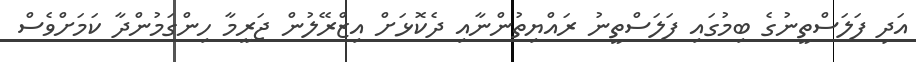
އަދި ފަލަސްތީނުގެ ބިމުގައި ފަލަސްތީނު ރައްޔިތުންނާއި ދެކޮޅަށް އިޒްރޭލުން ޖަރީމާ ހިންގަމުންދާ ކަމަށްވެސް